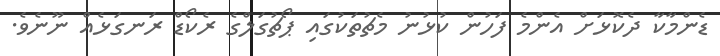
ޑެންމާކާ ދެކޮޅަށް އެންމެ ފަހުން ކުޅުނު މެޗުތަކުގައި ޕޯޗުގަލްގެ ރެކޯޑް ރަނގަޅެއް ނޫނެވެ.